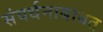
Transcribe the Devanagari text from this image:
संवर्धनाबाबत